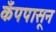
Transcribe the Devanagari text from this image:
कँपपासून